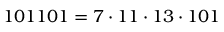
1 0 1 1 0 1 = 7 \cdot 1 1 \cdot 1 3 \cdot 1 0 1